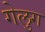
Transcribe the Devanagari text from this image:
गेलुग